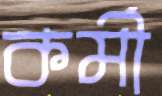
কর্মী